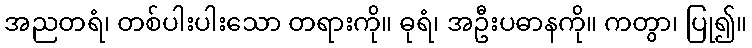
အညတရံ၊ တစ်ပါးပါးသော တရားကို။ ဓုရံ၊ အဦးပဓာနကို။ ကတွာ၊ ပြု၍။